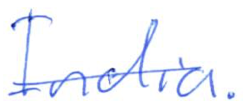
Text: India.
Cross-out: single-line
Writing tool: ballpoint